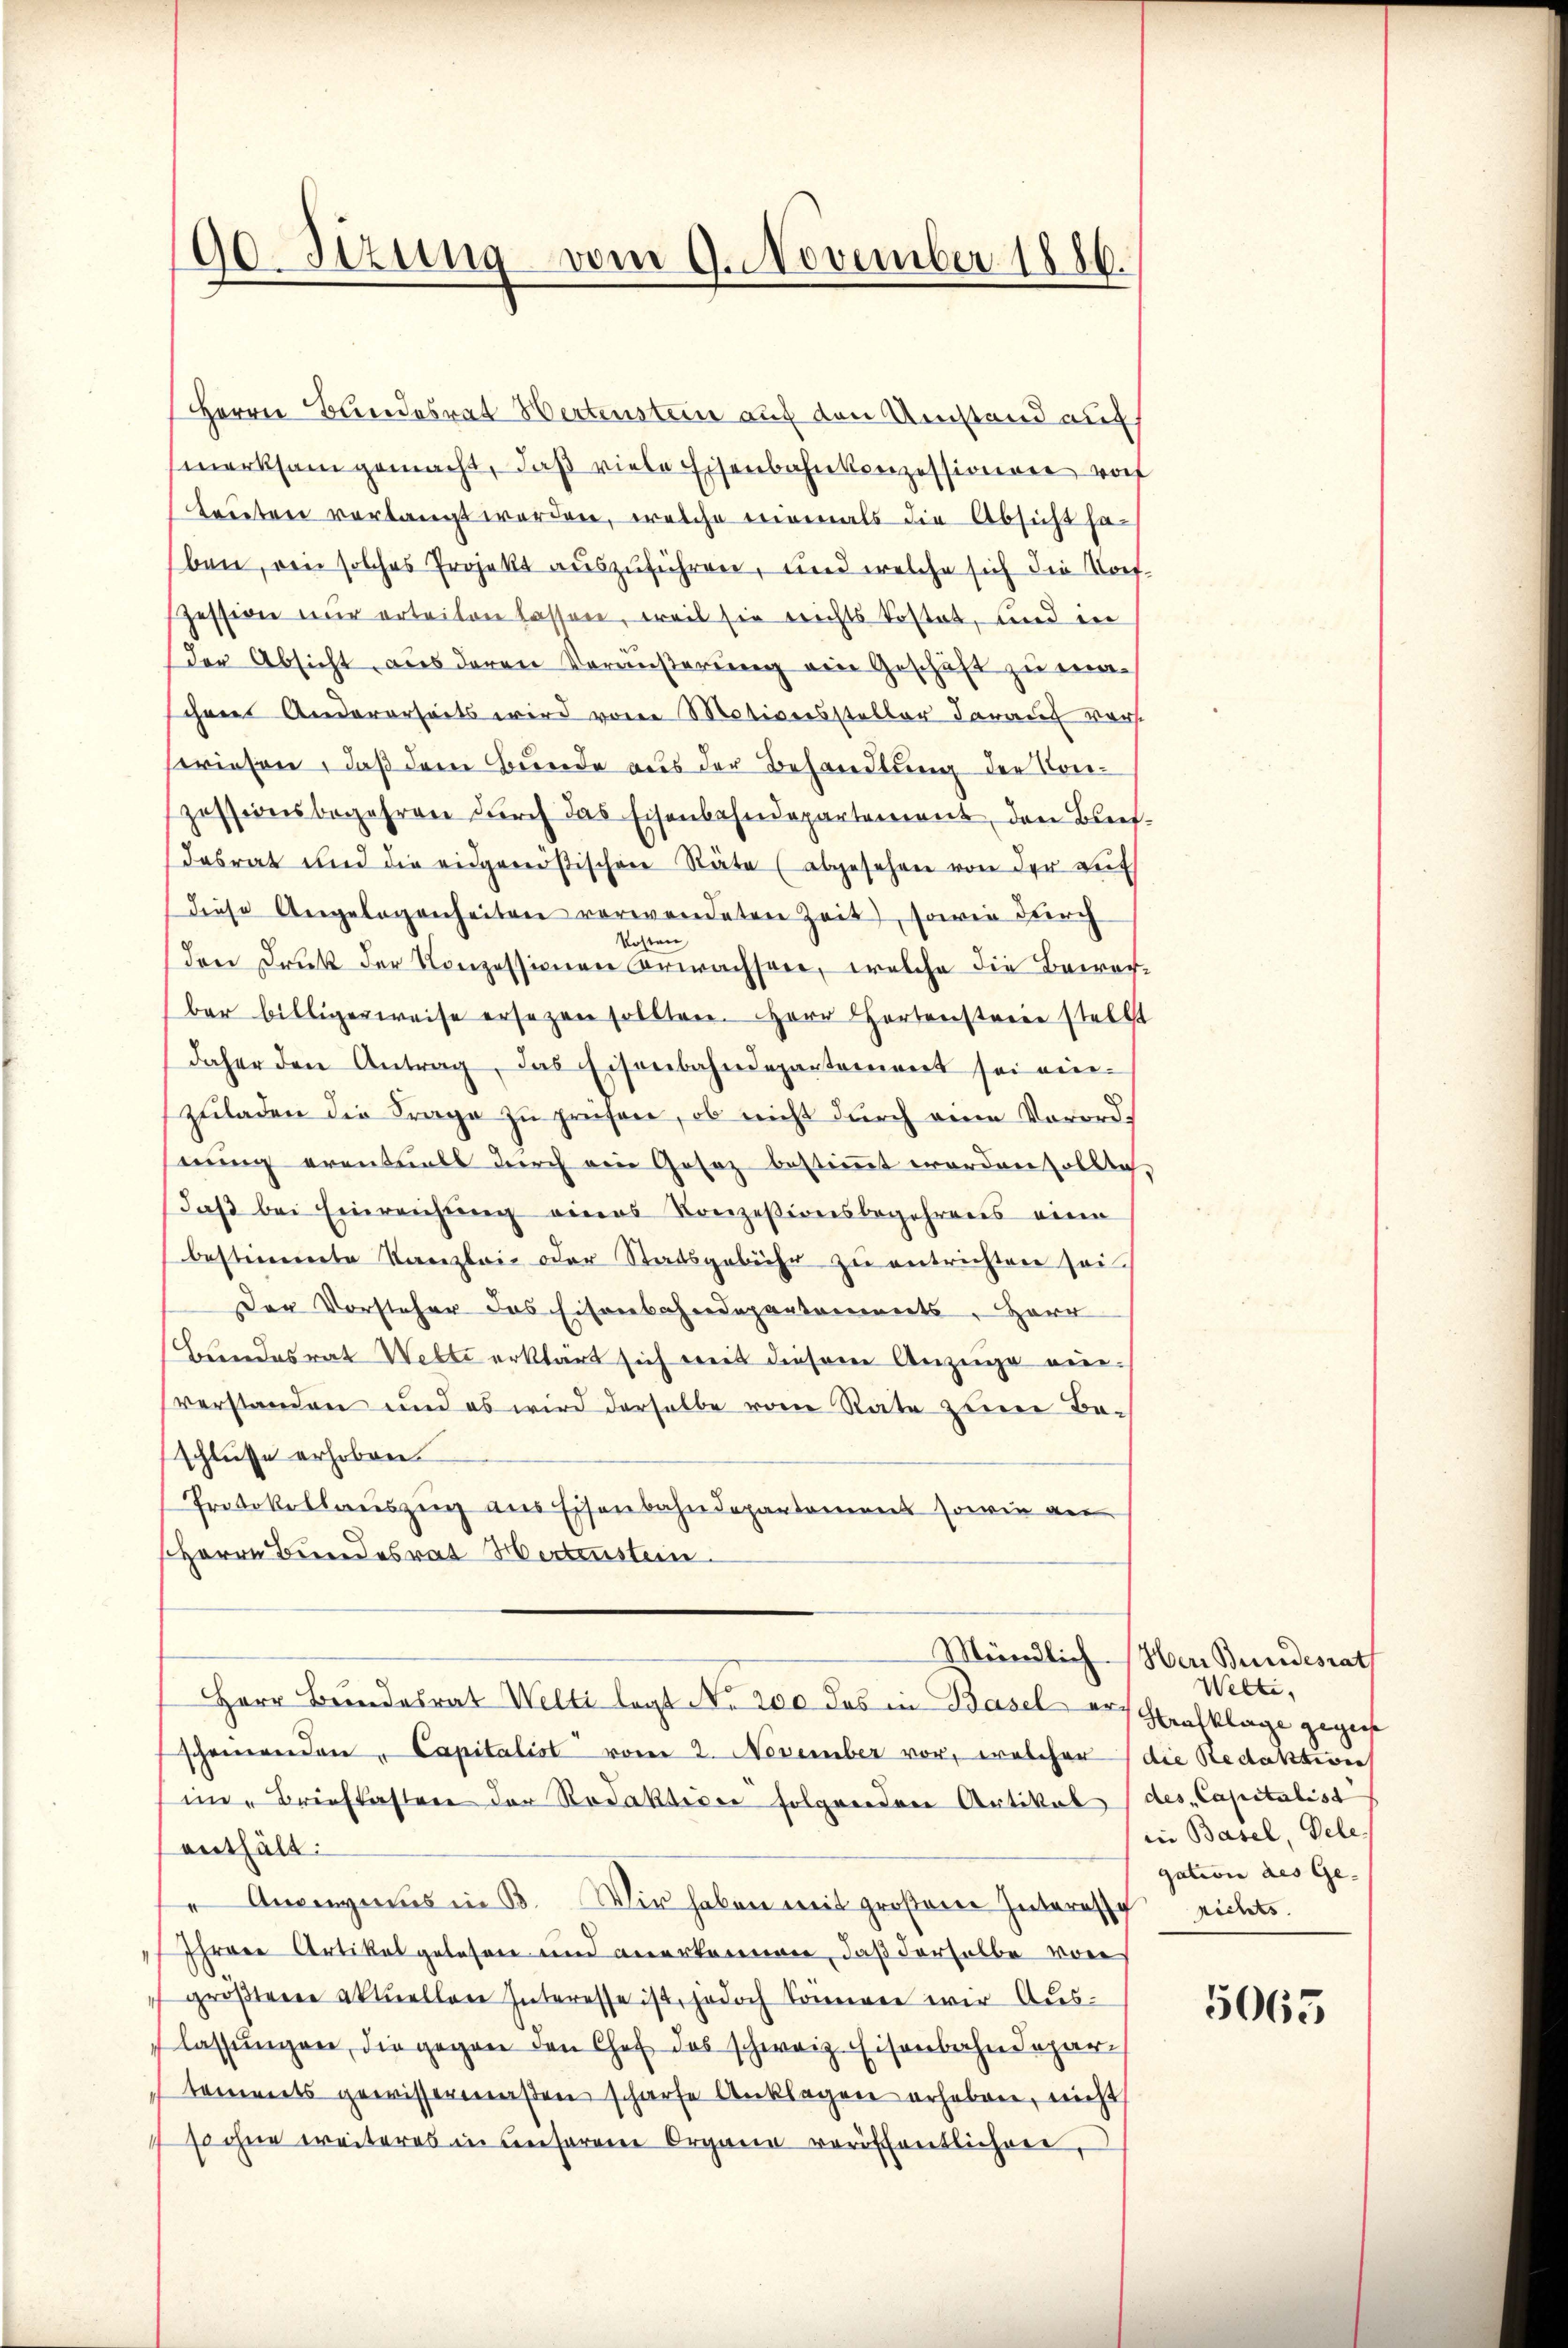
90 Sizung vom 9. November 1886.

Herrn Bandesrat Wertenstein auf den Umstand auf
merksam gemacht, daß viele Eisenbahnkonzessionen rof
baueten vorlangt worden, welche niemals die Absicht haben, den solches Projekt auszuführen, und welche sich die Torf-
Zession nur erteiten lassen, weil sie reichts kostet, und in
Der Absicht aus deren Veräußerung ein Geschäft zu maschenes Andererseits wird von Motiverssteller darauf vor.
sriefen, daß dem Bunde aus der Behandlung der Konzessionsbegehren durch das Eisenbahndepartement, den Blief-
dasrat und die eidgenößischen Stäte (abgesehen von der auf
diese Angelegenheiten verwendeten Zeit, sowie durch
Kosten
den Druck der Konzessionen erwachsene, welche die Bewerber billigerweise ersezen sollten. Herr Hartensteine stellt
daher den Antrag, das Eisenbahndepartement sei ein-
zuladen die Frage zu prüfen, ob nicht durch eine Vorordnung erantuals durch ein Gesez bestimmt worden sollte.
daß bei Einreichung eines Konzesionsbegehrens eine
bestimmte Kanzlei- oder Statsgebühr zu entrichten sei¬
Der Vorsteher das Eisenbahndepartements, Herr
Beendesrat Wette erklärt sich weit diesem Anzeige nieverstanden und es wird derselbe vom Rate zum Beschlusse erhoben.
Protokollauszenz aus Eisenbahndepartamens sowie an
Herrn Bundesrat Hertenstein
Herr Bundesrat Welti legt No. 200 das in Basel erstrafklage gegenst
scheinenden " Capitalist vom 2. November vor, welcher die Redaktivie
in Briefkasten der Redaktione folgenden Artikal (des Capitalist
enthält:
" Anwegens in 33. Wir haben mit großene Interesse nichts.
Ihrere Artikel gelesen und anerkennen, daß derselbe von
groβtene aktuellen Interesse ist, jedoch können wir Auslassŭngen, die gegen den Chef das schweiz. Eisenbahndepartements gewissermaßen scharfe Anklagen erheben, nicht
so ohne weiteres in unserere Organe veröffentlichen,

Mündlich Herr Bundesrath
Welti,
in Basel, Dele
gation des Ge- |

5065